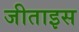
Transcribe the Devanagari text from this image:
जीताइस